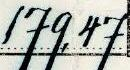
179,47